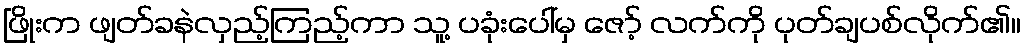
ဖြိုးက ဖျတ်ခနဲလှည့်ကြည့်ကာ သူ့ ပခုံးပေါ်မှ ဇော့် လက်ကို ပုတ်ချပစ်လိုက်၏။